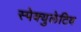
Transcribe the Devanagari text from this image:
स्पेक्युलेटिव